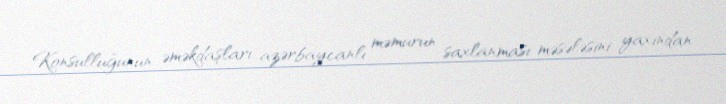
Konsulluğunun əməkdaşları azərbaycanlı məmurun saxlanması məsələsini yaxından